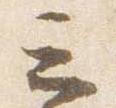
云